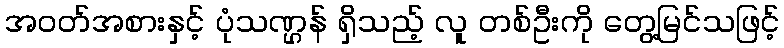
အဝတ်အစားနှင့် ပုံသဏ္ဌန် ရှိသည့် လူ တစ်ဦးကို တွေ့မြင်သဖြင့်